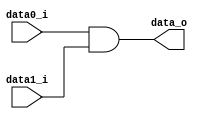
//Done

module AND
(
    data0_i,
    data1_i,
    data_o
);

input data0_i , data1_i;
output data_o;
assign data_o=(data0_i & data1_i);

endmodule